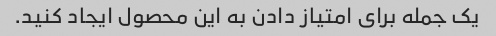
یک جمله برای امتیاز دادن به این محصول ایجاد کنید.